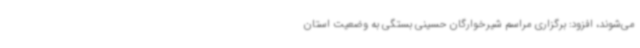
می‌شوند، افزود: برگزاری مراسم شیرخوارگان حسینی بستگی به وضعیت استان